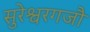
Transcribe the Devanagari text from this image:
सुरेश्वरगजौ